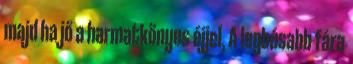
majd ha jő a harmatkönyes éjjel, A legbúsabb fára